Loodushoiu_ja_Turismi_Instituut, lk 340
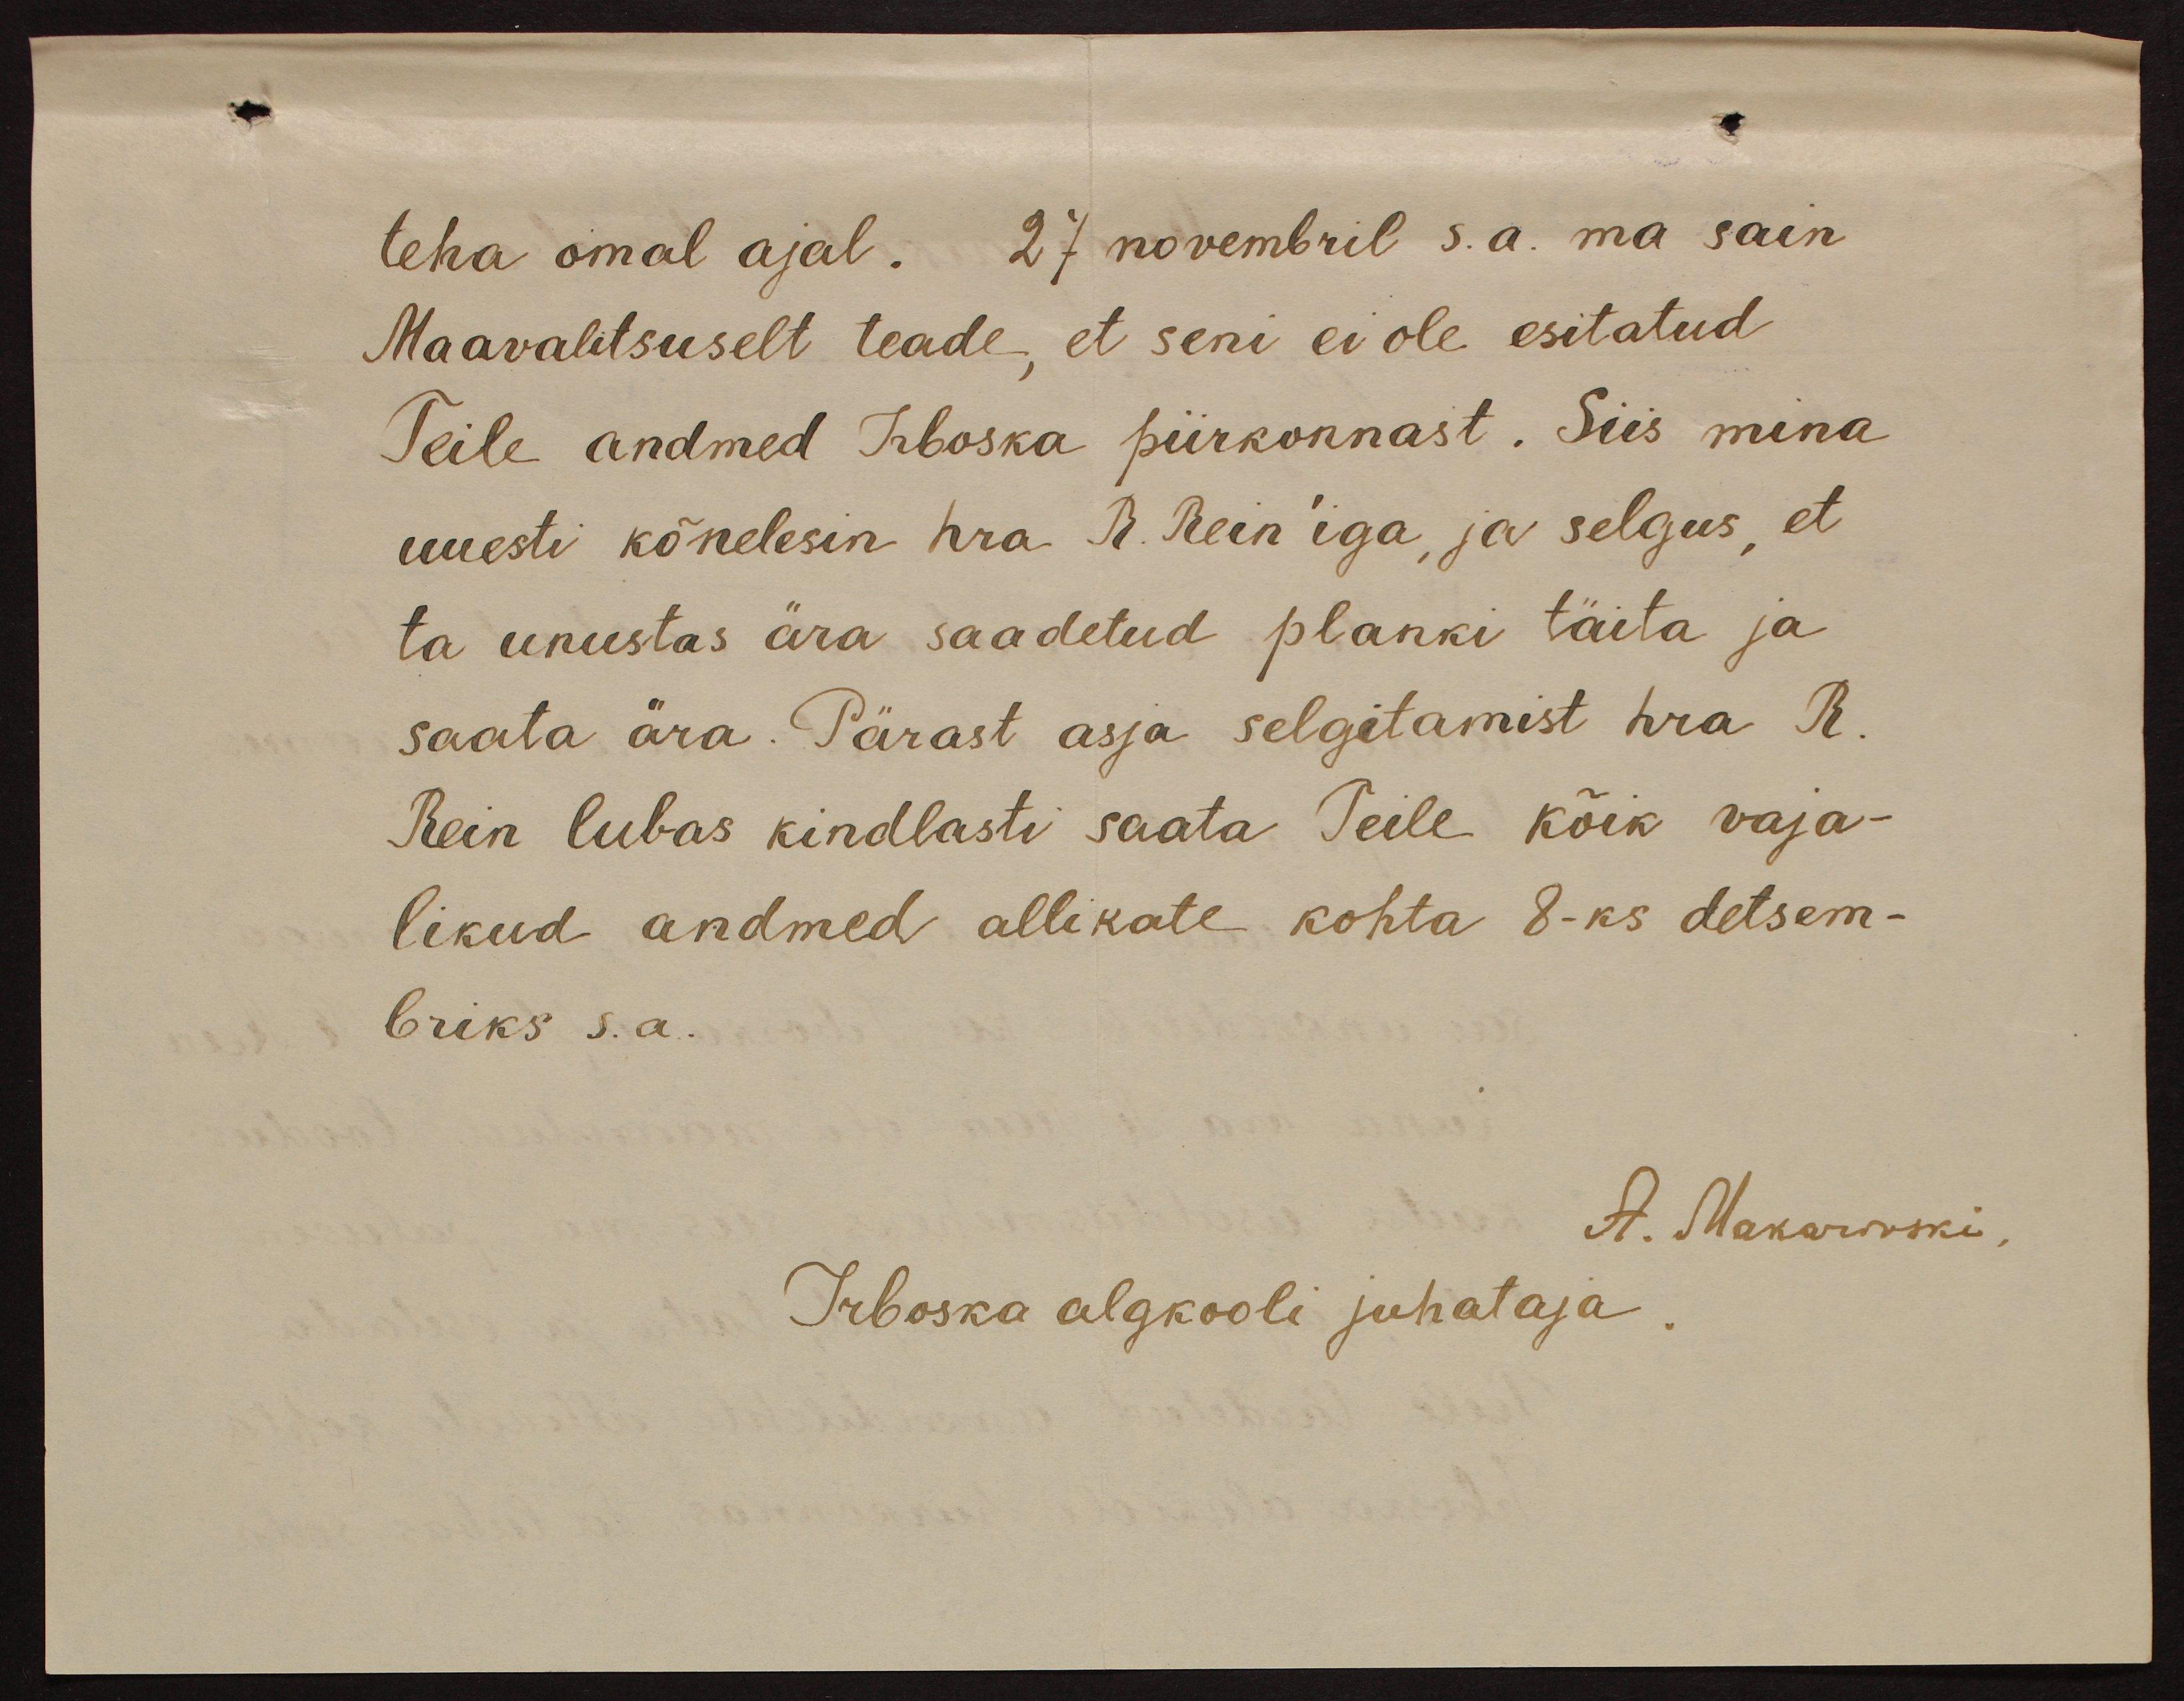
teha omal ajal. 27 novembril s.a. ma sain
Maavalitsuselt teade, et seni ei ole esitatud
Teile andmed Iriboska piirkonnast. Siis mina
uuesti kõnelesin hra. A. Rein' iga, ja selgus, et
ta unustas ära saadetud planki täita ja
saata ära. Pärast asja selgitamist hra R.
Rein lubas kindlasti saata Teile kõik vaja-
likud andmed allikate kohta 8-ks detsem-
briks s.a.
A. Makarovski,
Irboska algkooli juhataja